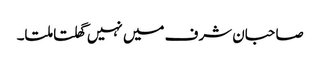
صاحبان شرف میں نہیں گھلتا ملتا۔